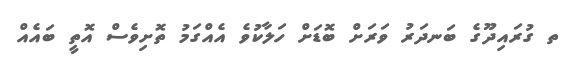
ތ ގުރައިދޫގެ ބަނދަރު ވަރަށް ބޮޑަށް ހަލާކުވެ އެއްގަމު ތޮށިވެސް އޮތީ ބައެއް